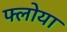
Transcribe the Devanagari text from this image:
फ्लोया